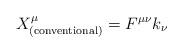
LaTeX: \begin{align*}X^{\mu}_{\rm (conventional)} = F^{\mu\nu}k_{\nu}\end{align*}